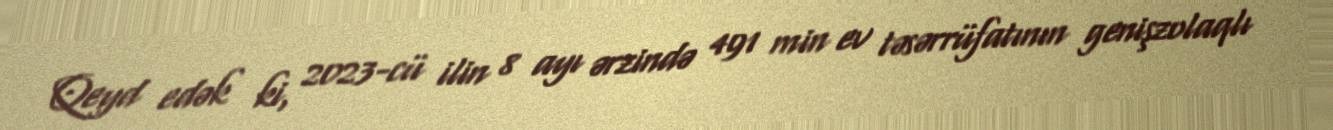
Qeyd edək ki, 2023-cü ilin 8 ayı ərzində 491 min ev təsərrüfatının genişzolaqlı